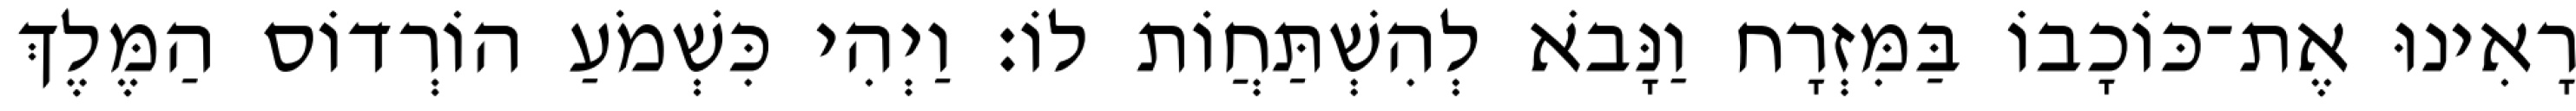
רָאִינוּ אֶת־כּוֹכָבוֹ בַּמִּזְרָח וַנָּבֹא לְהִשְׁתַּחֲוֹת לוֹ׃ וַיְהִי כִּשְׁמֹעַ הוֹרְדוֹס הַמֶּלֶךְ